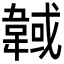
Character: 𩎹